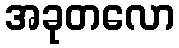
အခုတလော